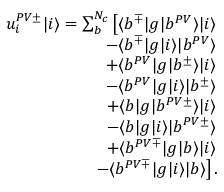
\begin{array} { r } { u _ { i } ^ { P V \pm } | i \rangle = \sum _ { b } ^ { N _ { c } } \left[ \langle b ^ { \mp } | g | b ^ { P V } \rangle | i \rangle \right. } \\ { \left. - \langle b ^ { \mp } | g | i \rangle | b ^ { P V } \rangle \right. } \\ { \left. + \langle b ^ { P V } | g | b ^ { \pm } \rangle | i \rangle \right. } \\ { \left. - \langle b ^ { P V } | g | i \rangle | b ^ { \pm } \rangle \right. } \\ { \left. + \langle b | g | b ^ { P V \pm } \rangle | i \rangle \right. } \\ { \left. - \langle b | g | i \rangle | b ^ { P V \pm } \rangle \right. } \\ { \left. + \langle b ^ { P V \mp } | g | b \rangle | i \rangle \right. } \\ { \left. - \langle b ^ { P V \mp } | g | i \rangle | b \rangle \right] . } \end{array}